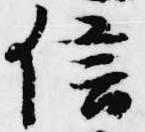
信